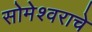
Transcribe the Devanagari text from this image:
सोमेश्वराचे